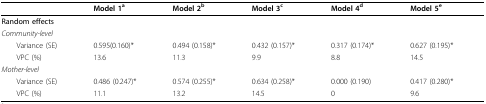
<table><thead><tr><td></td><td><b>Model 1<sup>a</sup></b></td><td><b>Model 2<sup>b</sup></b></td><td><b>Model 3<sup>c</sup></b></td><td><b>Model 4<sup>d</sup></b></td><td><b>Model 5<sup>e</sup></b></td></tr></thead><tbody><tr><td><b>Random effects</b></td><td></td><td></td><td></td><td></td><td></td></tr><tr><td><i>Community-level</i></td><td></td><td></td><td></td><td></td><td></td></tr><tr><td> Variance (SE)</td><td>0.595(0.160)*</td><td>0.494 (0.158)*</td><td>0.432 (0.157)*</td><td>0.317 (0.174)*</td><td>0.627 (0.195)*</td></tr><tr><td> VPC (%)</td><td>13.6</td><td>11.3</td><td>9.9</td><td>8.8</td><td>14.5</td></tr><tr><td><i>Mother-level</i></td><td></td><td></td><td></td><td></td><td></td></tr><tr><td> Variance (SE)</td><td>0.486 (0.247)*</td><td>0.574 (0.255)*</td><td>0.634 (0.258)*</td><td>0.000 (0.190)</td><td>0.417 (0.280)*</td></tr><tr><td> VPC (%)</td><td>11.1</td><td>13.2</td><td>14.5</td><td>0</td><td>9.6</td></tr></tbody></table>